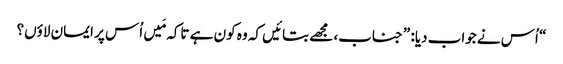
‏“‏ اُس نے جواب دیا:‏ ”‏جناب،‏ مجھے بتائیں کہ وہ کون ہے تاکہ مَیں اُس پر ایمان لاؤں؟